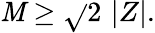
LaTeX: \mathit{M}\geq\sqrt{}{{2}}\, \left|Z\right|.